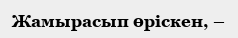
Жамырасып өрiскен, –